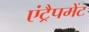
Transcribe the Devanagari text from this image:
एंट्रैपमेंट